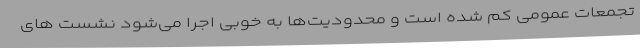
تجمعات عمومی کم شده است و محدودیت‌ها به خوبی اجرا می‌شود نشست های